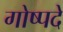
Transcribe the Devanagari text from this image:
गोष्पदे